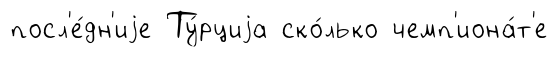
посл'е́дн'иjе Ту́рциjа ско́лько чемп'иона́т'е